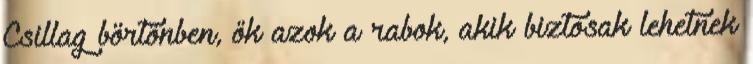
Csillag börtönben, ők azok a rabok, akik biztosak lehetnek